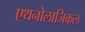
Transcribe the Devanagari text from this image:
एथनोलाजिकल